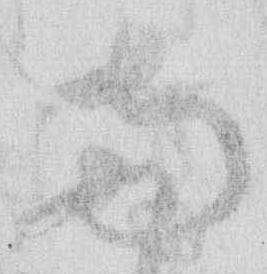
両